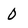
Character: 0